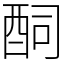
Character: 䣳